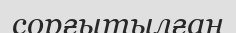
сорғытылған